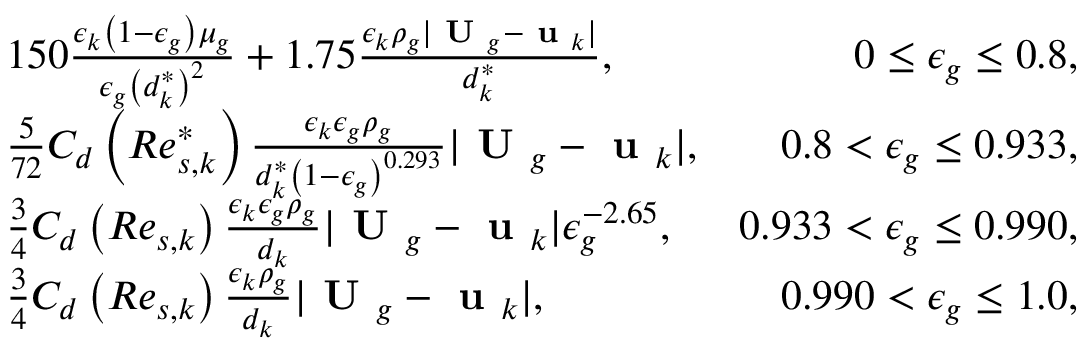
\begin{array} { r l r } & { 1 5 0 \frac { \epsilon _ { k } \left( 1 - \epsilon _ { g } \right) \mu _ { g } } { \epsilon _ { g } \left( d _ { k } ^ { * } \right) ^ { 2 } } + 1 . 7 5 \frac { \epsilon _ { k } \rho _ { g } | \textbf { U } _ { g } - \textbf { u } _ { k } | } { d _ { k } ^ { * } } , } & { 0 \le \epsilon _ { g } \le 0 . 8 , } \\ & { \frac { 5 } { 7 2 } C _ { d } \left( R e _ { s , k } ^ { * } \right) \frac { \epsilon _ { k } \epsilon _ { g } \rho _ { g } } { d _ { k } ^ { * } \left( 1 - \epsilon _ { g } \right) ^ { 0 . 2 9 3 } } | \textbf { U } _ { g } - \textbf { u } _ { k } | , } & { 0 . 8 < \epsilon _ { g } \le 0 . 9 3 3 , } \\ & { \frac { 3 } { 4 } C _ { d } \left( R e _ { s , k } \right) \frac { \epsilon _ { k } \epsilon _ { g } \rho _ { g } } { d _ { k } } | \textbf { U } _ { g } - \textbf { u } _ { k } | \epsilon _ { g } ^ { - 2 . 6 5 } , } & { 0 . 9 3 3 < \epsilon _ { g } \le 0 . 9 9 0 , } \\ & { \frac { 3 } { 4 } C _ { d } \left( R e _ { s , k } \right) \frac { \epsilon _ { k } \rho _ { g } } { d _ { k } } | \textbf { U } _ { g } - \textbf { u } _ { k } | , } & { 0 . 9 9 0 < \epsilon _ { g } \le 1 . 0 , } \end{array}